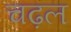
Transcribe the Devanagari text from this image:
चढ़ल